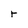
Character: r